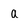
Character: a